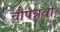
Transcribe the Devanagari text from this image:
चौपन्नवा